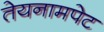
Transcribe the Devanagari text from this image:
तेयनामपेट